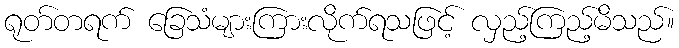
ရုတ်တရက် ခြေသံများကြားလိုက်ရသဖြင့် လှည့်ကြည့်မိသည်။